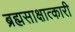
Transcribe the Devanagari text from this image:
ब्रह्मसाक्षात्कारी